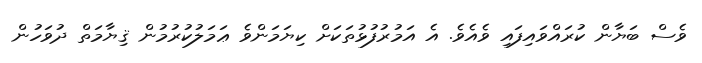
ވެސް ބަޔާން ކުރައްވައިފައި ވެއެވެ. އެ އަމުރުފުޅުތަކަށް ކިޔަމަންވެ ޢަމަލުކުރުމުން ޤިޔާމަތް ދުވަހުން